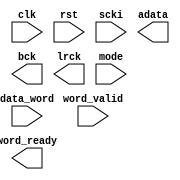
//DAC_iface.v
//handles control signals and audio data output to the DAC

module DAC_iface
(
    input clk,
    input rst,

    input scki,
    
    //digital audio output signals
    output adata,
    output bck,
    output lrck,
    
    //module interface signals
    input [7:0] mode,
    
    input  word_valid,
    output word_ready,
    input  [23:0] data_word
    

);

endmodule